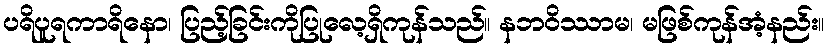
ပရိပူရကာရိနော၊ ပြည့်ခြင်းကိုပြုလေ့ရှိကုန်သည်။ နဘဝိဿာမ၊ မဖြစ်ကုန်အံ့နည်း။